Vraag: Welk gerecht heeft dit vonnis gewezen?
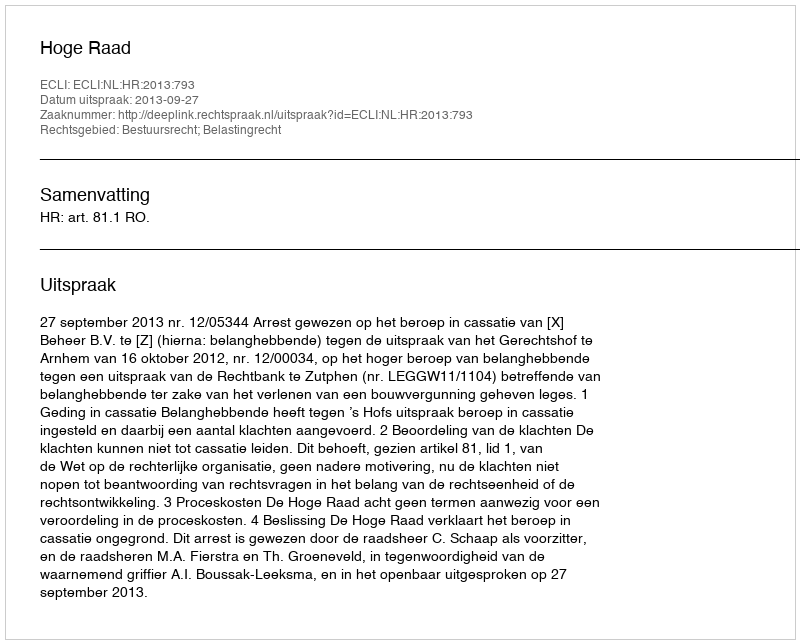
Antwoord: Hoge Raad